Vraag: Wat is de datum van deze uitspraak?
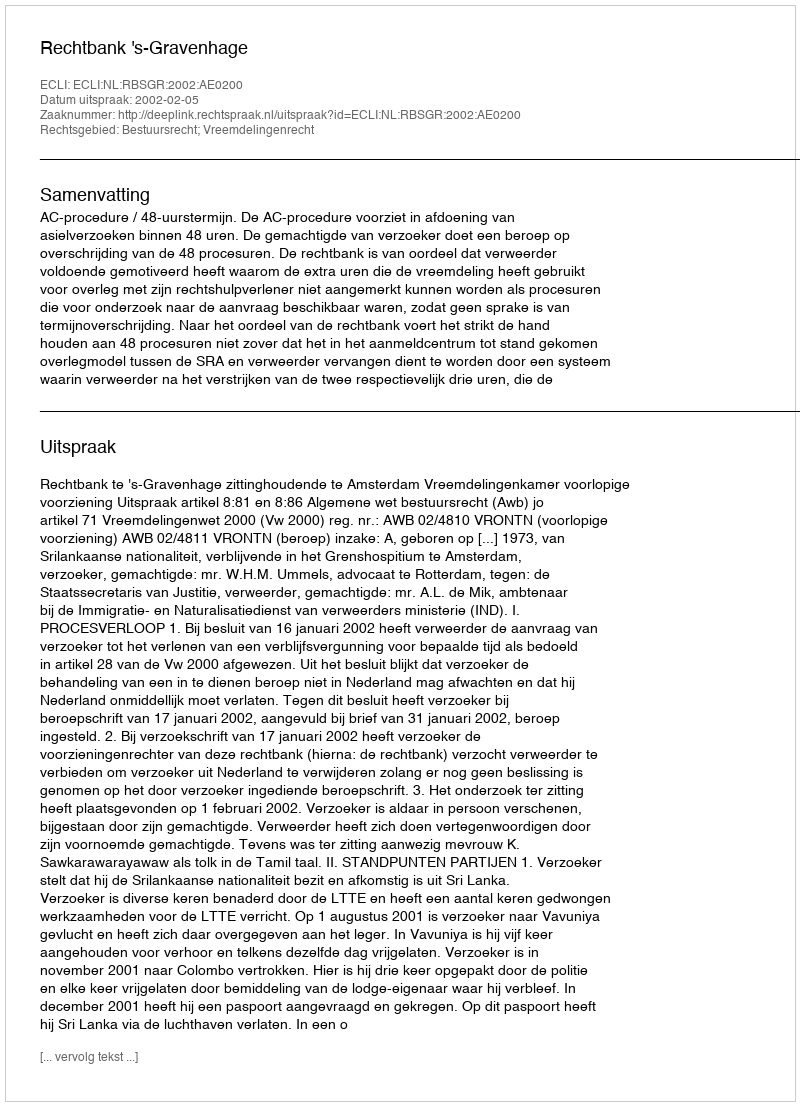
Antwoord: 2002-02-05